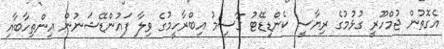
އެގޮތުން ޖުމްހޫރީ ގުޅުމުގެ ރިޔާސީ ކެންޑިޑޭޓު ގާސިމު އިބްރާހީމުގެ ވިލާ ފައުންޑޭޝަނުން އިންތިހާބާއި